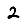
Digit: 2